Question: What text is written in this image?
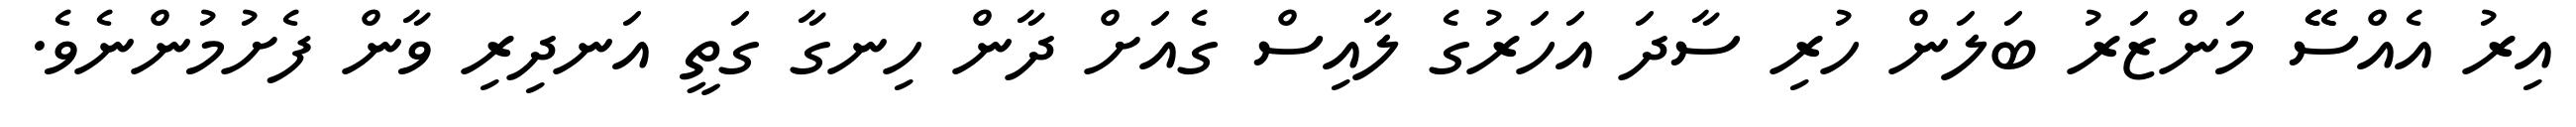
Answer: އިރު އެއްސޭޭ މަންޒަރު ބަލަން ހުރި ސާދަ އަހަރުގެ ލާއިސް ގެއަށް ދާން ހިނގާ ގަތީ އަނދިރި ވާން ފެށުމުންނެވެ.